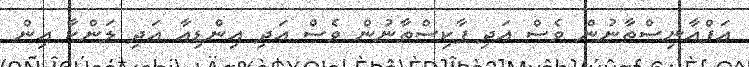
އަފްއާނިސްތާނުން ވެސް އަދި ޕާކިސްތާނުން ވެސް އަދި އިންޑިއާ އަދި ލަންކާ އިން